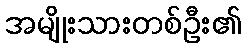
အမျိုးသားတစ်ဦး၏